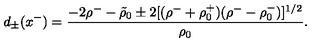
d _ { \pm } ( x ^ { - } ) = { \frac { - 2 \rho ^ { - } - \tilde { \rho } _ { 0 } \pm 2 [ ( \rho ^ { - } + \rho _ { 0 } ^ { + } ) ( \rho ^ { - } - \rho _ { 0 } ^ { - } ) ] ^ { 1 / 2 } } { \rho _ { 0 } } } .